Annual administration report of the Civil Veterinary Department, Sind - 1939-1940
Year: 1939
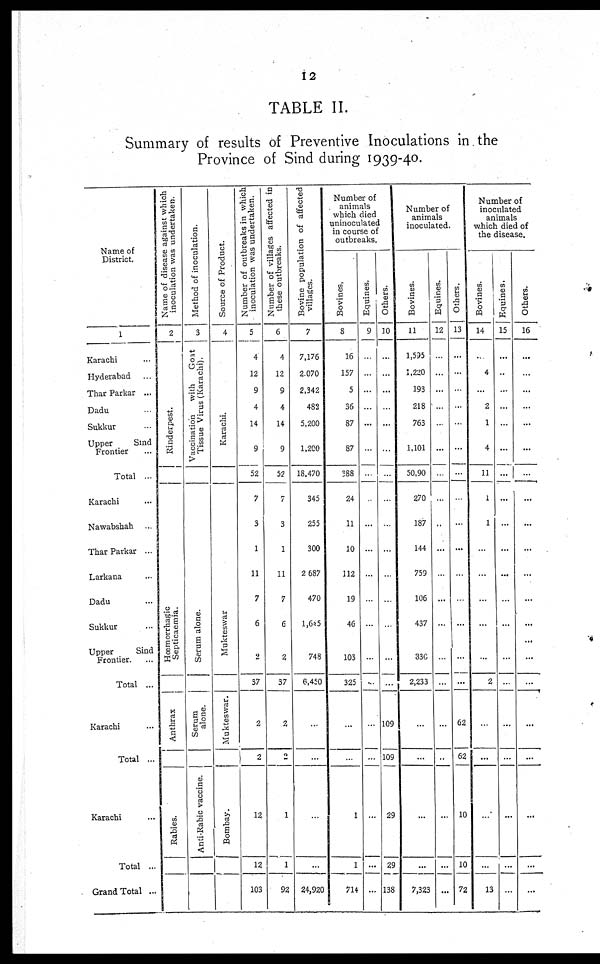
12
TABLE II.
Summary of results of Preventive Inoculations in the
Province of Sind during 1939-40.
Name of
District.
1
Karachi ...
Hyderabad
...
Thar Parkar ...
Dadu ...
Sukkur ...
Upper
Sind
Frontier ...
Total ...
Karachi ...
Nawabshah ...
Thar Parkar ...
Larkana ...
Dadu ...
Sukkur ...
Upper
Sind
Frontier. ...
Total ...
Karachi ...
Total ...
Karachi ...
Total ...
Grand Total ...
Name of disease against which
inoculation was undertaken.
2
Rinderpest.
Hœmorrhagic
Septicaemia.
Anthrax
Rabies.
Method of inoculation.
3
Vaccination
with
Goat
Tissue Virus (Karachi).
Serum alone.
Serum
alone.
Anti-Rabic vaccine.
Source of Product.
4
Karachi.
Mukteswar
Mukteswar.
Bombay.
Number of outbreaks in which
inoculation was undertaken.
5
4
12
9
4
14
9
52
7
3
1
11
7
6
...
37
2
2
12
12
103
Number of villages affected in
these outbreaks.
6
4
12
9
4
14
9
52
7
3
1
11
7
6
2
37
2
2
1
1
92
Bovine population of affected
villages.
7
7,176
2,070
2,342
482
5,200
1,200
18,470
345
255
300
2 687
470
1,645
748
6,450
...
...
...
...
24,920
Number of
animals
which died
uninoculated
in course of
outbreaks.
Bovines.
8
16
157
5
36
87
87
388
24
11
10
112
19
46
103
325
...
...
1
1
714
Equines.
9
...
...
...
...
...
...
...
...
...
...
...
...
...
...
...
...
...
...
...
...
Others.
10
...
...
...
...
...
...
...
...
...
...
...
...
...
...
...
109
109
29
29
138
Number of
animals
inoculated.
Bovines.
11
1,595
1,220
193
218
763
1,101
50,90
270
187
144
759
106
437
330
2,233
...
...
...
...
7,323
Equines.
12
...
...
...
...
...
...
...
...
...
...
...
...
...
...
...
...
...
...
...
...
Others.
13
...
...
...
...
...
...
...
...
...
...
...
...
...
...
...
62
62
10
10
72
Number of
inoculated
animals
which died of
the disease.
Bovines.
14
...
4
...
2
1
4
11
1
1
...
...
...
...
...
2
...
...
...
...
13
Equines.
15
...
...
...
...
...
...
...
...
...
...
...
...
...
...
...
...
...
...
...
...
Others.
16
...
...
...
...
...
...
...
...
...
...
...
...
...
...
...
...
...
...
...
...